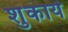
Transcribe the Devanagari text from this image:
शुकाये